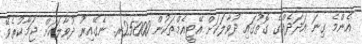
އެންމެ ގިނަ އަދަދެއްގެ ގޮތުގައި ދުވާލަކަށް އޭޓީއެމްތަކުން 25000ރ. ނެގޭއިރު ދުވާލަކަށް ޖަމާކުރެވޭ